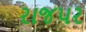
રાજપર